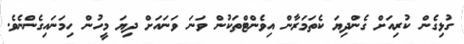
ގުޅިގެން ކުރިއަށް ގެންދިޔަ ކެތަމަރާން އިވެންޓްތަކުން ވަނަ ވަނައަށް ދިޔަ މީހުން ހިމަނައިގެންނެވެ.